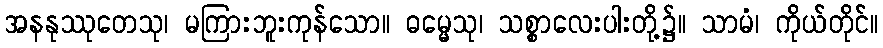
အနနုဿုတေသု၊ မကြားဘူးကုန်သော။ ဓမ္မေသု၊ သစ္စာလေးပါးတို့၌။ သာမံ၊ ကိုယ်တိုင်။